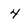
Character: 4